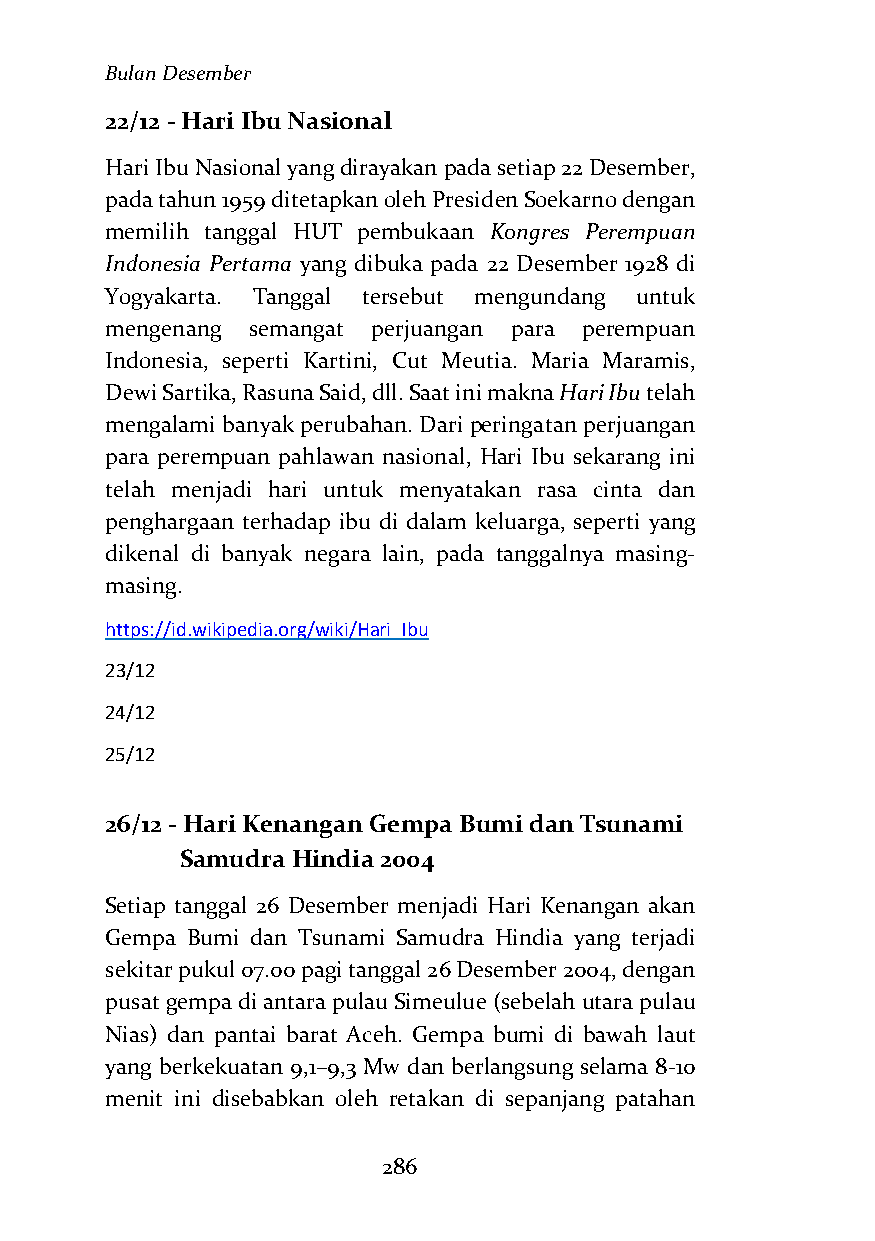
Bulan Desember
 22/12 - Hari Ibu Nasional
 Hari Ibu Nasional yang dirayakan pada setiap 22 Desember,
 pada tahun 1959 ditetapkan oleh Presiden Soekarno dengan
 memilih tanggal HUT pembukaan Kongres Perempuan
 Indonesia Pertama yang dibuka pada 22 Desember 1928 di
 Yogyakarta. Tanggal tersebut mengundang untuk
 mengenang semangat perjuangan para perempuan
 Indonesia, seperti Kartini, Cut Meutia. Maria Maramis,
 Dewi Sartika, Rasuna Said, dll. Saat ini makna Hari Ibu telah
 mengalami banyak perubahan. Dari peringatan perjuangan
 para perempuan pahlawan nasional, Hari Ibu sekarang ini
 telah menjadi hari untuk menyatakan rasa cinta dan
 penghargaan terhadap ibu di dalam keluarga, seperti yang
 dikenal di banyak negara lain, pada tanggalnya masing-
 masing.
 https://id.wikipedia.org/wiki/Hari_Ibu
 23/12
 24/12
 25/12
 26/12 - Hari Kenangan Gempa Bumi dan Tsunami
 Samudra Hindia 2004
 Setiap tanggal 26 Desember menjadi Hari Kenangan akan
 Gempa Bumi dan Tsunami Samudra Hindia yang terjadi
 sekitar pukul 07.00 pagi tanggal 26 Desember 2004, dengan
 pusat gempa di antara pulau Simeulue (sebelah utara pulau
 Nias) dan pantai barat Aceh. Gempa bumi di bawah laut
 yang berkekuatan 9,1–9,3 Mw dan berlangsung selama 8-10
 menit ini disebabkan oleh retakan di sepanjang patahan
 286